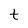
Character: t